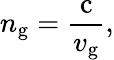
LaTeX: n_{\mathrm{g}}={\frac{\mathrm{c}}{v_{\mathrm{g}}}},